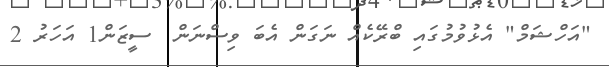
"އަހްޝަމް" އެޅުވުމުގައި ބްރޭކެއް ނަގަން އެބަ ވިސްނަން  ސީޒަން1 އަހަރު 2